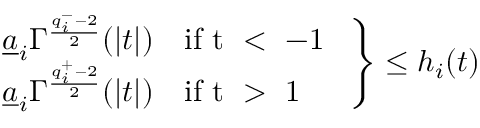
\left. \begin{array} { l } { \displaystyle \underline { { a } } _ { i } \Gamma ^ { \frac { q _ { i } ^ { - } - 2 } { 2 } } ( | t | ) \quad \mathrm { i f ~ t ~ < ~ - 1 ~ } } \\ { \displaystyle \underline { { a } } _ { i } \Gamma ^ { \frac { q _ { i } ^ { + } - 2 } { 2 } } ( | t | ) \quad \mathrm { i f ~ t ~ > ~ 1 ~ } } \end{array} \right\} \leq h _ { i } ( t )